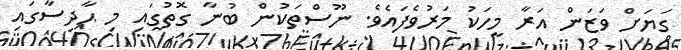
ގަޔަށް ވަޒަން އަރާ މީހަކު މަރުވެފައެވެ. ނޫސްތަކުން ބުނާ ގޮތުގައި މި ޙާދިސާގައި